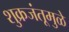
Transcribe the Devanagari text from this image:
शुक्रजंतूमुळे